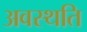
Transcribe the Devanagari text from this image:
अवस्थति